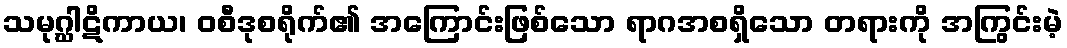
သမုဂ္ဃါဋိကာယ၊ ဝစီဒုစရိုက်၏ အကြောင်းဖြစ်သော ရာဂအစရှိသော တရားကို အကြွင်းမဲ့